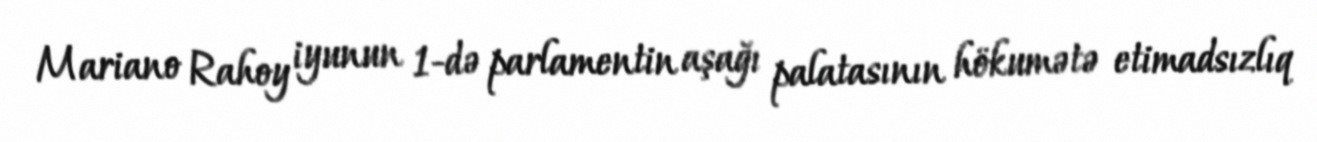
Mariano Rahoy iyunun 1-də parlamentin aşağı palatasının hökumətə etimadsızlıq